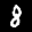
Label: 8